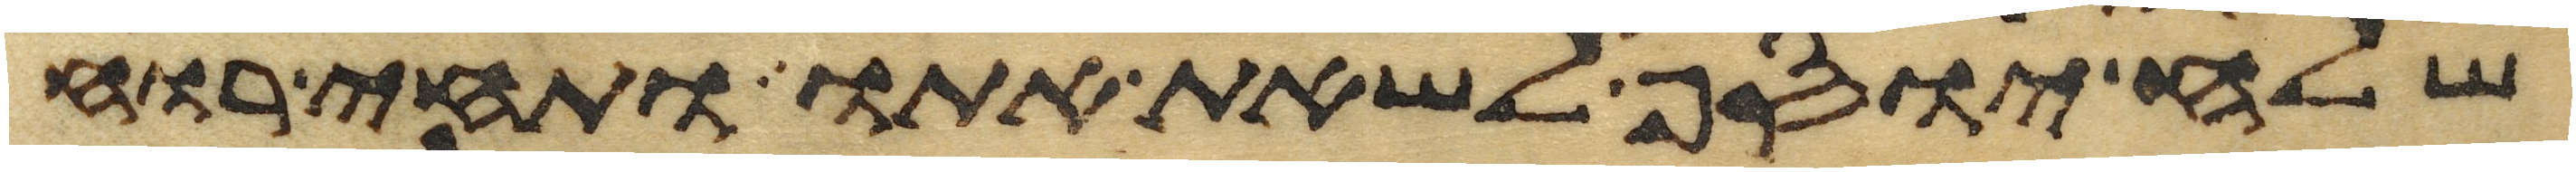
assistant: שלח יוסף לשאת אתו ותחי רוח